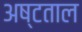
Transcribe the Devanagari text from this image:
अष्टताल